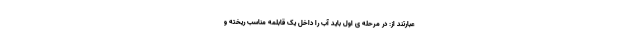
عبارتند از: در مرحله ی اول باید آب را داخل یک قابلمه مناسب ریخته و